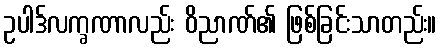
ဥပါဒ်လက္ခဏာလည်း ဝိညာဏ်၏ ဖြစ်ခြင်းသာတည်း။